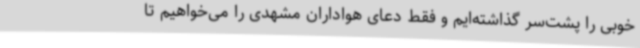
خوبی را پشت‌سر گذاشته‌ایم و فقط دعای هواداران مشهدی را می‌خواهیم تا